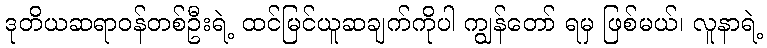
ဒုတိယဆရာဝန်တစ်ဦးရဲ့ ထင်မြင်ယူဆချက်ကိုပါ ကျွန်တော် ရမှ ဖြစ်မယ်၊ လူနာရဲ့